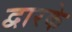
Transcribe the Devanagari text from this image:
द्वारके